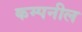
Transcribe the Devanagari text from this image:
कम्पनील